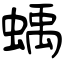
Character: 蝺